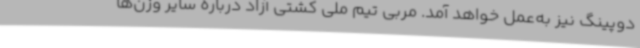
دوپینگ نیز به‌عمل خواهد آمد. مربی تیم ملی کشتی آزاد درباره سایر وزن‌ها